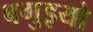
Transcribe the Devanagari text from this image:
बगुइयो